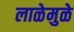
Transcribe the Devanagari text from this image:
लाळेमुळे